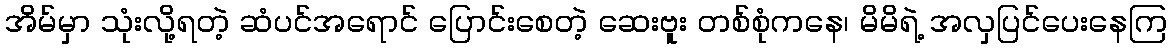
အိမ်မှာ သုံးလို့ရတဲ့ ဆံပင်အရောင် ပြောင်းစေတဲ့ ဆေးဗူး တစ်စုံကနေ၊ မိမိရဲ့ အလှပြင်ပေးနေကြ